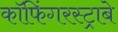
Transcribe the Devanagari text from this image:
कॉफिंगरस्ट्राबे